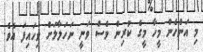
މި އަންހެން މީހާ މީގެ ކުރިން ވެސް ވަނީ ނަހަލާލަށް ވިހައިފަ އެވެ.